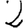
Digit: 2